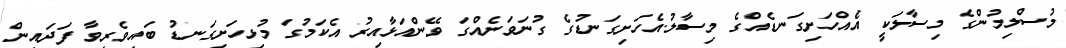
މުސްލިމުންގެ މިސާލަކީ އެއްހަށިގަނޑެއްގެ މިސާލު.އެހަށިގަނޑުގެ ގުނަވަނެއްގަ ވޭންއަޅާއިރު އެކަމުގަ މުޅިހަށިގަނޑު ބައިވެރިވާ ފަދައިން